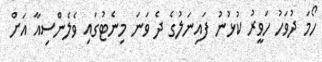
ހޯމަ ދުވަހު ހަވީރު ކުޅުނު ފައިނަލުގެ ދެ ވަނަ މިނެޓުގައި ވެލެންސިއާ އަށް